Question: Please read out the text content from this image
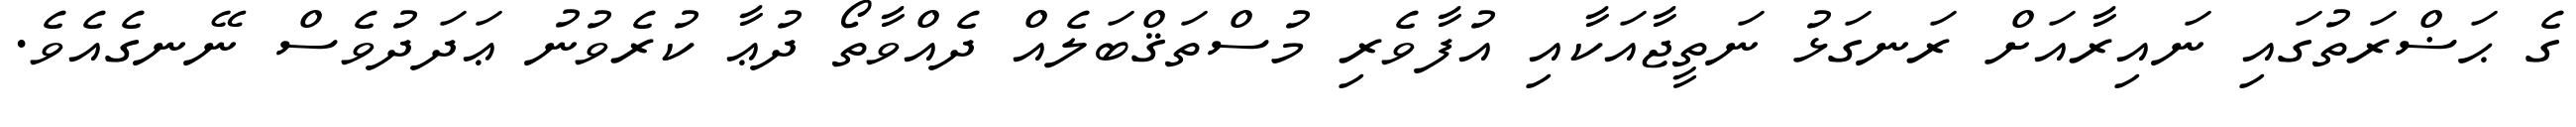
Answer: ގެ ޙަޟްރަތުގައި ނައިރާއަށް ރަނގަޅު ނަތީޖާއަކާއި އުފާވެރި މުސްތަޤްބަލެއް ދެއްވާތޯ ދުޢާ ކުރެވުނު ޢަދަދުވެސް ނޭނގެއެވެ.